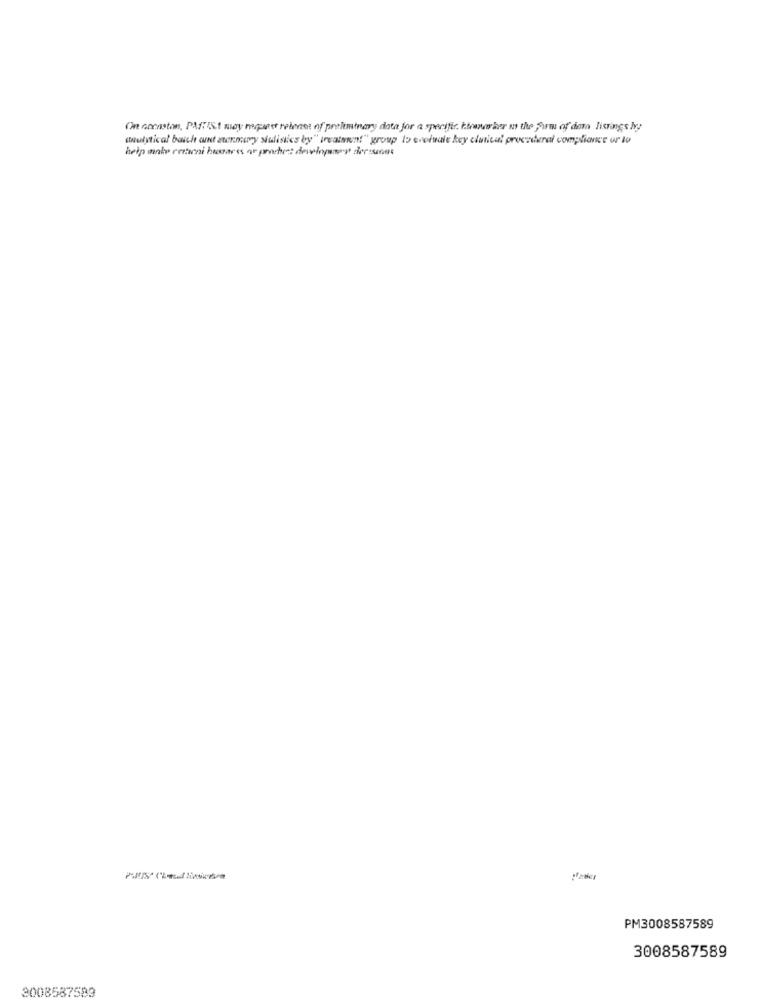
On cocaston, PARIS.1 may roupaest relenet nf preliminary data for a specific. k.trwww her m the form of dam listings lve
"nulytical bauch ant zermury siudisics by" treatment" group I eveinale key clinical procenteral compliance ur to
PM3008587589
3008587589
2008587599